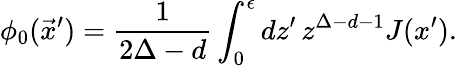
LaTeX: \phi_{0}(\vec{x}^{\prime})=\frac{1}{2\Delta-d}\int_{0}^{\epsilon}dz^{\prime}\, {z}^{\Delta-d-1}J(x^{\prime}).